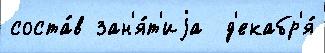
соста́в зан'я́т'иjа  д'екабр'я́